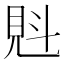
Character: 𧠕